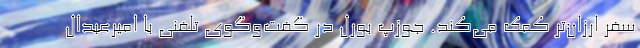
سفر ارزان‌تر کمک می‌کند. جوزپ بورل در گفت‌وگوی تلفنی با امیرعبدال